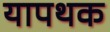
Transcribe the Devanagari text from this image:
यापथक